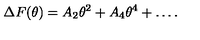
\Delta F ( \theta ) = A _ { 2 } \theta ^ { 2 } + A _ { 4 } \theta ^ { 4 } + \ldots .